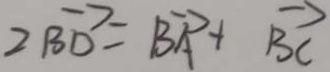
2 \overrightarrow { B D } = \overrightarrow { B A } + \overrightarrow { B C }